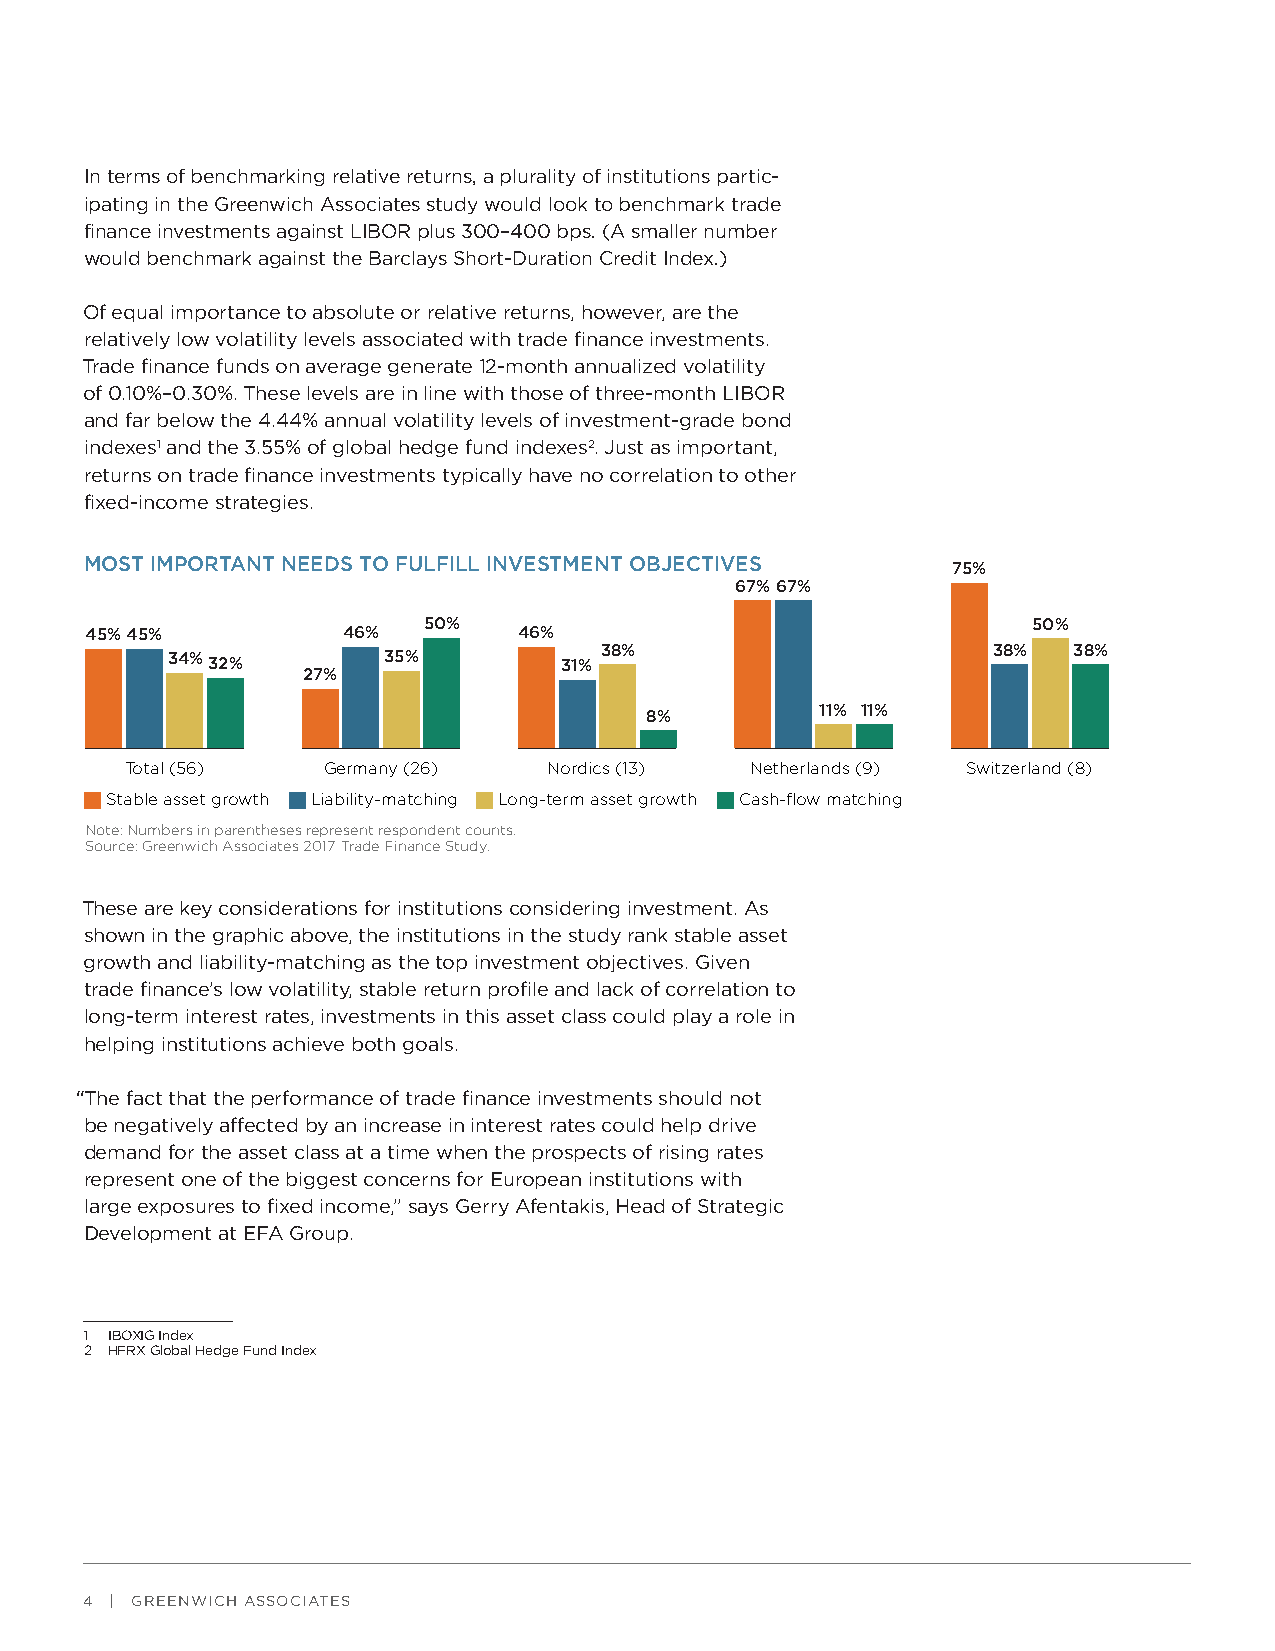
In terms of benchmarking relative returns, a plurality of institutions partic-
 ipating in the Greenwich Associates study would look to benchmark trade
 finance investments against LIBOR plus 300–400 bps. (A smaller number
 would benchmark against the Barclays Short-Duration Credit Index.)
 Of equal importance to absolute or relative returns, however, are the
 relatively low volatility levels associated with trade finance investments.
 Trade finance funds on average generate 12-month annualized volatility
 of 0.10%–0.30%. These levels are in line with those of three-month LIBOR
 and far below the 4.44% annual volatility levels of investment-grade bond
 indexes1 and the 3.55% of global hedge fund indexes2. Just as important,
 returns on trade finance investments typically have no correlation to other
 fixed-income strategies.
 MOST IMPORTANT NEEDS TO FULFILL INVESTMENT OBJECTIVES    75%
 67%67%
 50%                                     50%
 45%45%           46%        46%
 34%32%        35%
 31%
 38%                       38%  38%
 27%
 11% 11%
 8%
 Total (56)   Germany (26)   Nordics (13)  Netherlands (9) Switzerland (8)
 Stable asset growth Liability-matching Long-term asset growth Cash-flow matching
 Note: Numbers in parentheses represent respondent counts.
 Source: Greenwich Associates 2017 Trade Finance Study.
 These are key considerations for institutions considering investment. As
 shown in the graphic above, the institutions in the study rank stable asset
 growth and liability-matching as the top investment objectives. Given
 trade finance’s low volatility, stable return profile and lack of correlation to
 long-term interest rates, investments in this asset class could play a role in
 helping institutions achieve both goals.
 “The fact that the performance of trade finance investments should not
 be negatively affected by an increase in interest rates could help drive
 demand for the asset class at a time when the prospects of rising rates
 represent one of the biggest concerns for European institutions with
 large exposures to fixed income,” says Gerry Afentakis, Head of Strategic
 Development at EFA Group.
 1 IBOXIG Index
 2 HFRX Global Hedge Fund Index
 4 | GREENWICH ASSOCIATES